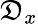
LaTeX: \mathfrak{D}_{x}